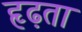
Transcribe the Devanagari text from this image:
हृढ़ता